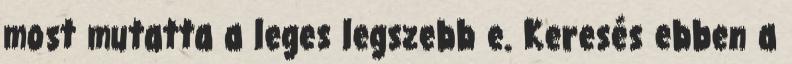
most mutatta a leges legszebb e. Keresés ebben a